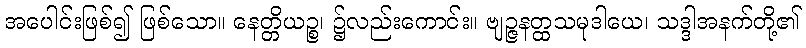
အပေါင်းဖြစ်၍ ဖြစ်သော။ နေတ္တိယဉ္စ၊ ၌လည်းကောင်း။ ဗျဉ္ဇနတ္ထသမုဒါယေ၊ သဒ္ဒါအနက်တို့၏